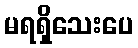
မရရှိသေးပေ